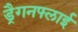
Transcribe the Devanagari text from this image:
ड्रैगनफ्लाई